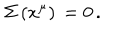
\Sigma \, ( x ^ { \mu } ) \, = 0 \, .